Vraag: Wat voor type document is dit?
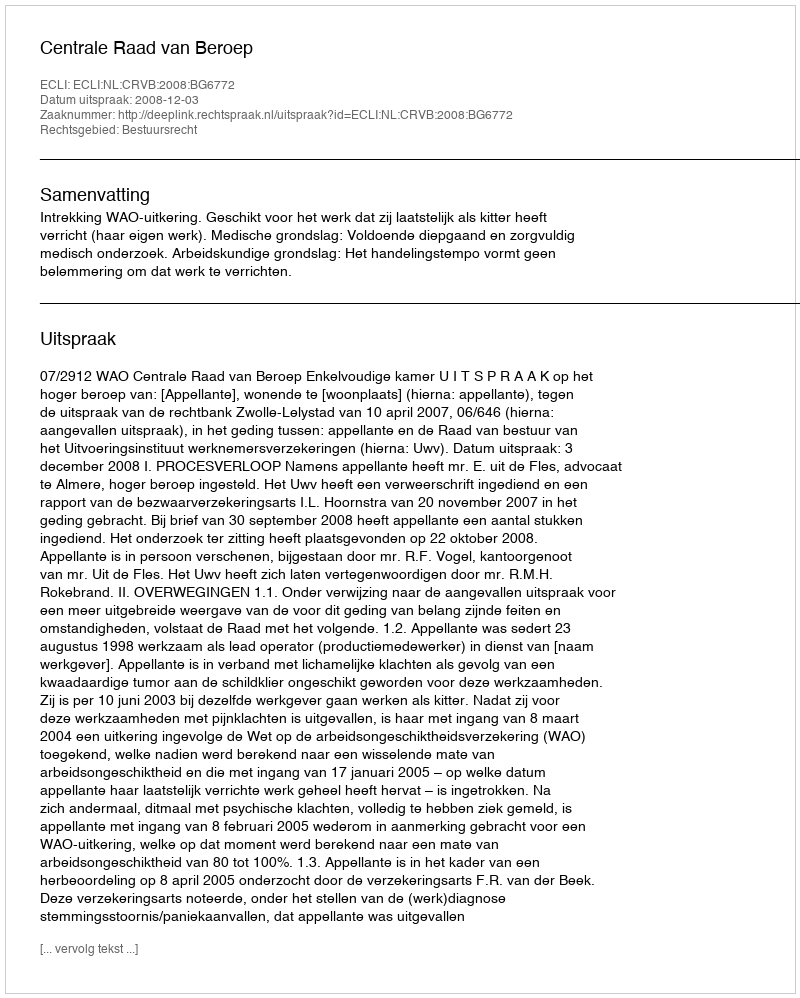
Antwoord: Uitspraak